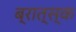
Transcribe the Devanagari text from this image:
ब्रात्स्क